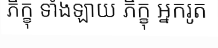
ភិក្ខុ ទាំងឡាយ ភិក្ខុ អ្នករូត